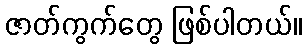
ဇာတ်ကွက်တွေ ဖြစ်ပါတယ်။